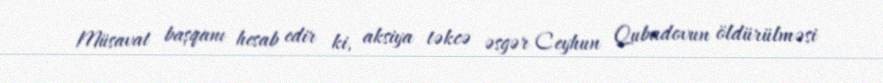
Müsavat başqanı hesab edir ki, aksiya təkcə əsgər Ceyhun Qubadovun öldürülməsi